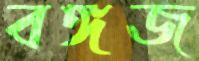
বঙ্গজ